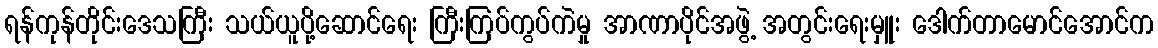
ရန်ကုန်တိုင်းဒေသကြီး သယ်ယူပို့ဆောင်ရေး ကြီးကြပ်ကွပ်ကဲမှု အာဏာပိုင်အဖွဲ့ အတွင်းရေးမှူး ဒေါက်တာမောင်အောင်က